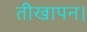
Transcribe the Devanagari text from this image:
तीखापन।